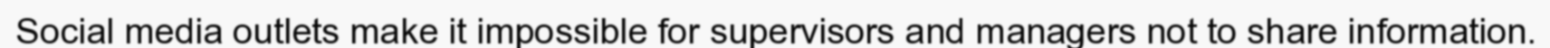
Social media outlets make it impossible for supervisors and managers not to share information.